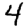
Digit: 4